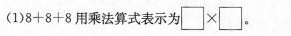
(1)$$8+8+8$$用乘法算式表示为\Box\times\Box。